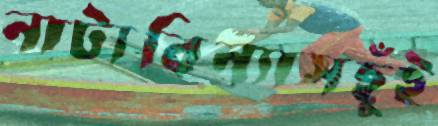
নাট্যবিন্যাসছুঁই